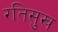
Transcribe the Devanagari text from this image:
रतिसुख